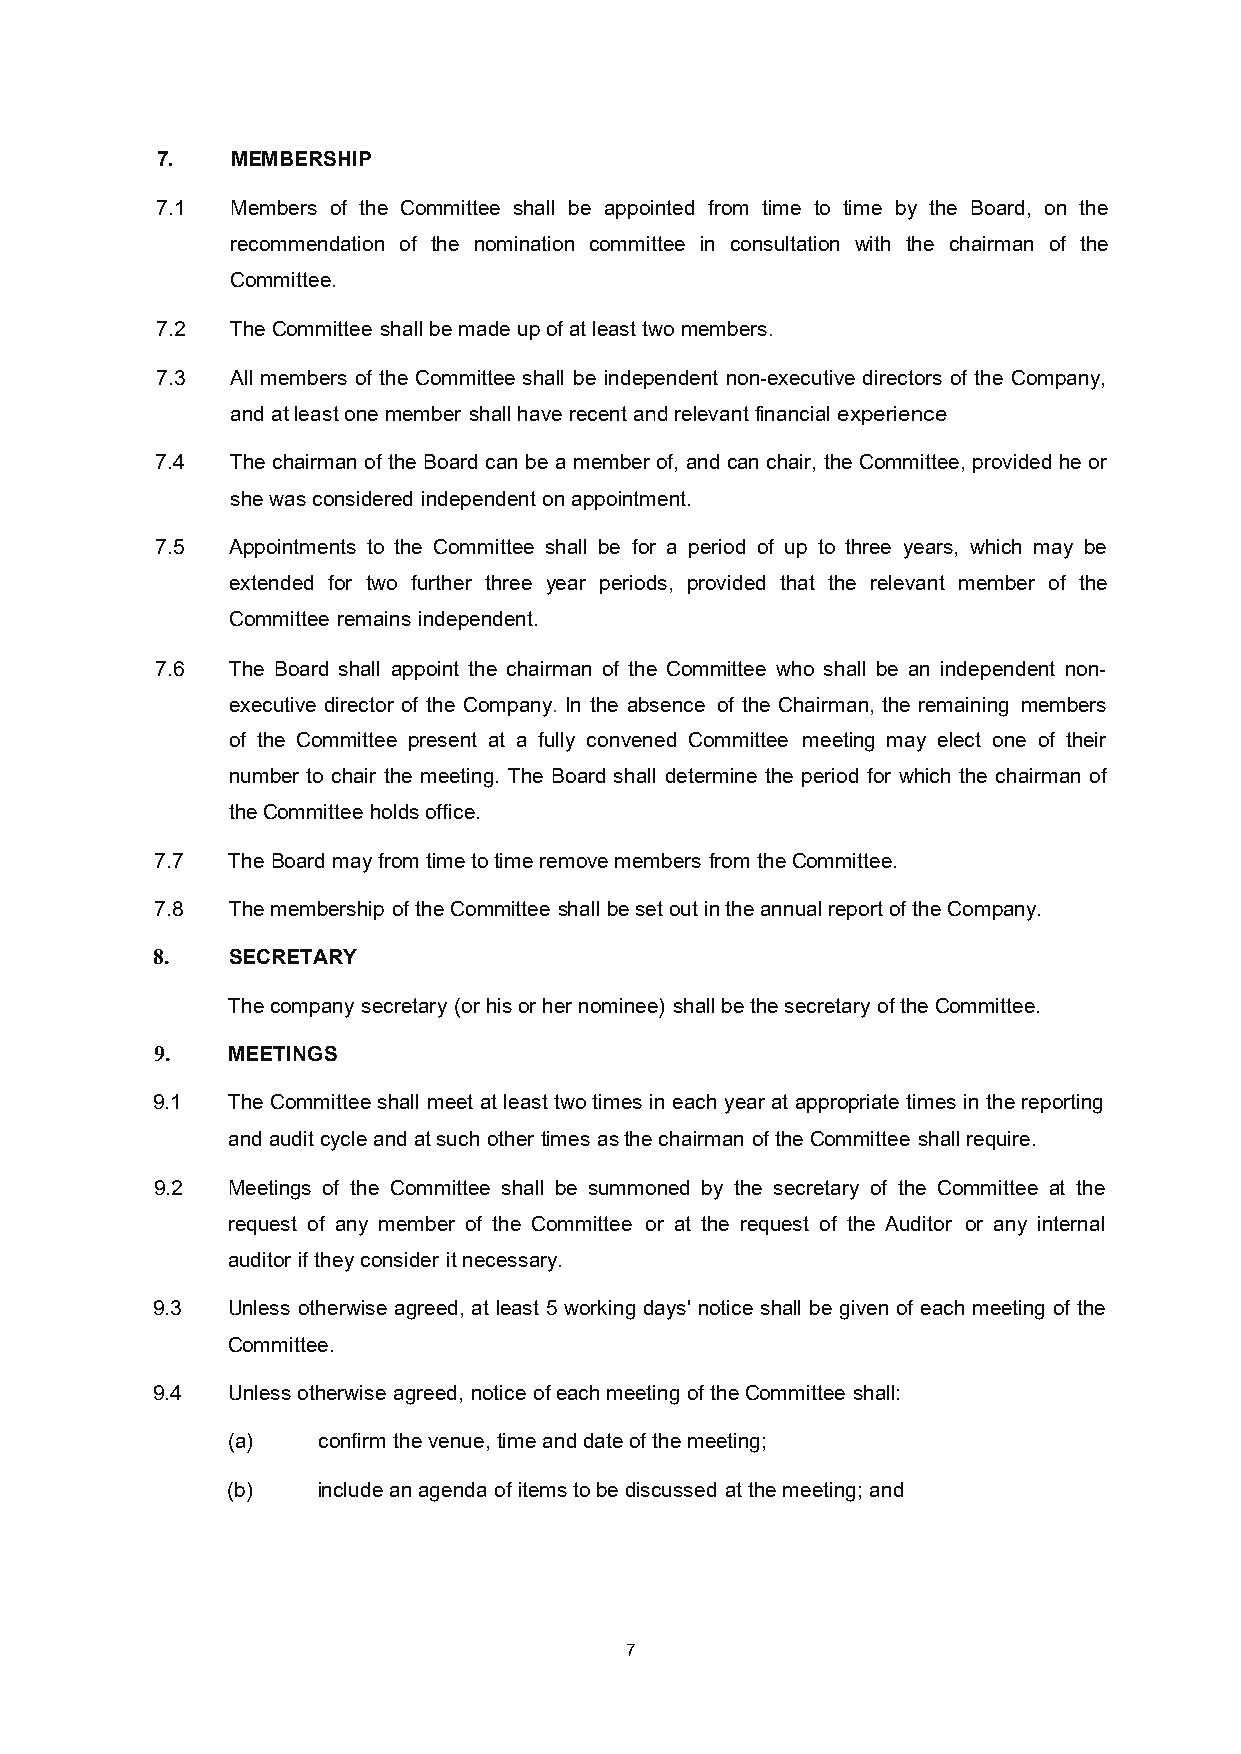
7.   MEMBERSHIP
 7.1  Members of the Committee shall be appointed from time to time by the Board, on the
 recommendation of the nomination committee in consultation with the chairman of the
 Committee.
 7.2  The Committee shall be made up of at least two members.
 7.3  All members of the Committee shall be independent non-executive directors of the Company,
 and at least one member shall have recent and relevant financial experience.
 7.4  The chairman of the Board can be a member of, and can chair, the Committee, provided he or
 she was considered independent on appointment.
 7.5  Appointments to the Committee shall be for a period of up to three years, which may be
 extended for two further three year periods, provided that the relevant member of the
 Committee remains independent.
 7.6  The Board shall appoint the chairman of the Committee who shall be an independent non-
 executive director of the Company. In the absence of the Chairman, the remaining members
 of the Committee present at a fully convened Committee meeting may elect one of their
 number to chair the meeting. The Board shall determine the period for which the chairman of
 the Committee holds office.
 7.7  The Board may from time to time remove members from the Committee.
 7.8  The membership of the Committee shall be set out in the annual report of the Company.
 8.   SECRETARY
 The company secretary (or his or her nominee) shall be the secretary of the Committee.
 9.   MEETINGS
 9.1  The Committee shall meet at least two times in each year at appropriate times in the reporting
 and audit cycle and at such other times as the chairman of the Committee shall require.
 9.2  Meetings of the Committee shall be summoned by the secretary of the Committee at the
 request of any member of the Committee or at the request of the Auditor or any internal
 auditor if they consider it necessary.
 9.3  Unless otherwise agreed, at least 5 working days' notice shall be given of each meeting of the
 Committee.
 9.4  Unless otherwise agreed, notice of each meeting of the Committee shall:
 (a)   confirm the venue, time and date of the meeting;
 (b)   include an agenda of items to be discussed at the meeting; and
 7